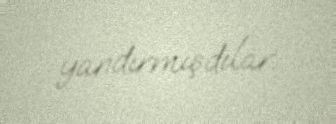
yandırmışdılar.